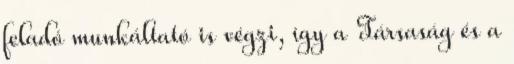
feladó munkáltató is végzi, így a Társaság és a